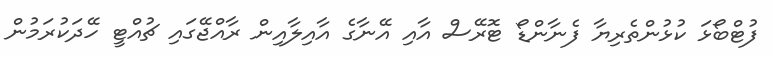
ފުޓްބޯޅަ ކުޅުންތެރިޔާ ފެނާންޑޯ ޓޮރޭސް އާއި އޭނާގެ އާއިލާއިން ރާއްޖޭގައި ޗުއްޓީ ހޭދަކުރަމުން